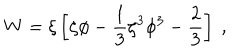
W = \xi \left[ \zeta \phi - { \frac { 1 } { 3 } } \zeta ^ { 3 } \phi ^ { 3 } - { \frac { 2 } { 3 } } \right] ~ ,